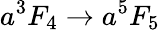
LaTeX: a^{3}F_{4}\to a^{5}F_{5}